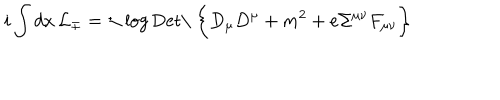
i \int d x \, { \cal L } _ { \mp } = \pm \log \mathrm { D e t \ } \biggl \{ D _ { \mu } D ^ { \mu } + m ^ { 2 } + e \Sigma ^ { \mu \nu } F _ { \mu \nu } \biggr \}